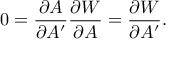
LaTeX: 0 = { \frac { \partial A } { \partial A ^ { \prime } } } { \frac { \partial { \cal W } } { \partial A } } = { \frac { \partial { \cal W } } { \partial A ^ { \prime } } } .